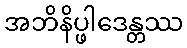
အဘိနိပ္ဖါဒေန္တဿ